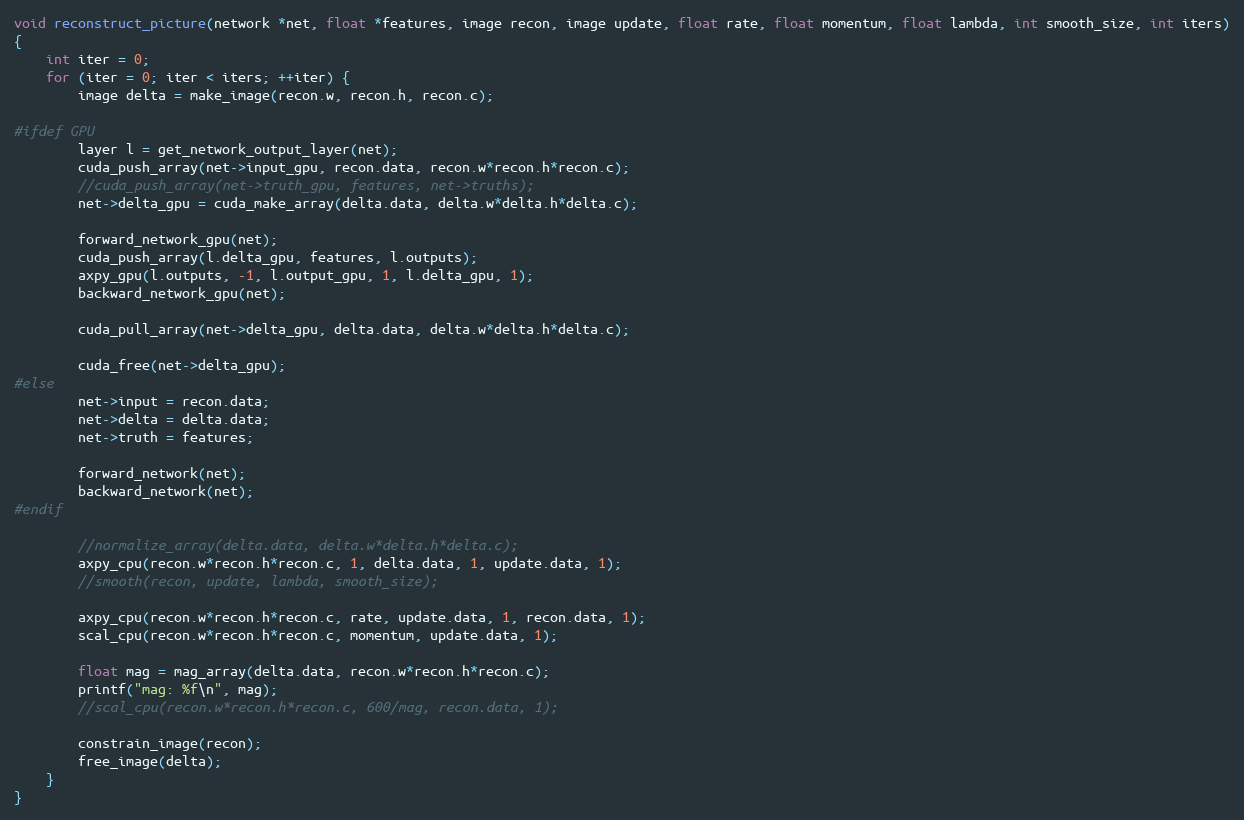
Language: C
void reconstruct_picture(network *net, float *features, image recon, image update, float rate, float momentum, float lambda, int smooth_size, int iters)
{
    int iter = 0;
    for (iter = 0; iter < iters; ++iter) {
        image delta = make_image(recon.w, recon.h, recon.c);

#ifdef GPU
        layer l = get_network_output_layer(net);
        cuda_push_array(net->input_gpu, recon.data, recon.w*recon.h*recon.c);
        //cuda_push_array(net->truth_gpu, features, net->truths);
        net->delta_gpu = cuda_make_array(delta.data, delta.w*delta.h*delta.c);

        forward_network_gpu(net);
        cuda_push_array(l.delta_gpu, features, l.outputs);
        axpy_gpu(l.outputs, -1, l.output_gpu, 1, l.delta_gpu, 1);
        backward_network_gpu(net);

        cuda_pull_array(net->delta_gpu, delta.data, delta.w*delta.h*delta.c);

        cuda_free(net->delta_gpu);
#else
        net->input = recon.data;
        net->delta = delta.data;
        net->truth = features;

        forward_network(net);
        backward_network(net);
#endif

        //normalize_array(delta.data, delta.w*delta.h*delta.c);
        axpy_cpu(recon.w*recon.h*recon.c, 1, delta.data, 1, update.data, 1);
        //smooth(recon, update, lambda, smooth_size);

        axpy_cpu(recon.w*recon.h*recon.c, rate, update.data, 1, recon.data, 1);
        scal_cpu(recon.w*recon.h*recon.c, momentum, update.data, 1);

        float mag = mag_array(delta.data, recon.w*recon.h*recon.c);
        printf("mag: %f\n", mag);
        //scal_cpu(recon.w*recon.h*recon.c, 600/mag, recon.data, 1);

        constrain_image(recon);
        free_image(delta);
    }
}